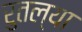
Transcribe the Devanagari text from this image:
रुतल्या